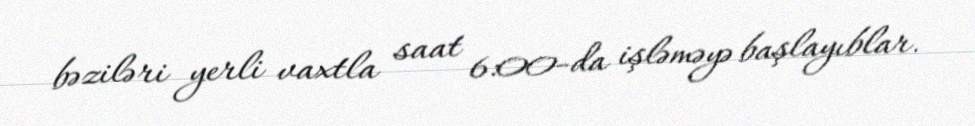
bəziləri yerli vaxtla saat 6:00-da işləməyə başlayıblar.